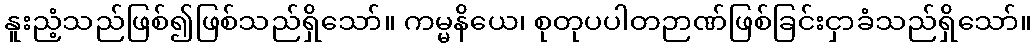
နူးညံ့သည်ဖြစ်၍ဖြစ်သည်ရှိသော်။ ကမ္မနိယေ၊ စုတုပပါတဉာဏ်ဖြစ်ခြင်းငှာခံသည်ရှိသော်။